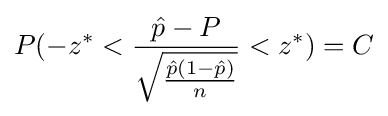
P(-z^{*}<{\frac {{\hat {p}}-P}{\sqrt {\frac {{\hat {p}}(1-{\hat {p}})}{n}}}}<z^{*})=C